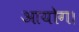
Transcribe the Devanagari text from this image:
आयोग।